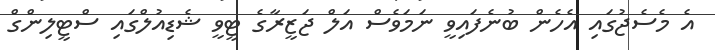
އެ މެސެޖުގައި އެހެން ބުނެފައިވީ ނަމަވެސް އަލް ޖަޒީރާގެ ޓީވީ ޝެޑިއުލްގައި ސްޓީލިންގް